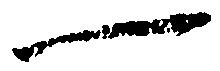
一